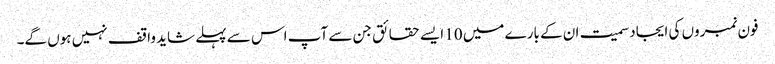
فون نمبروں کی ایجاد سمیت ان کے بارے میں 10 ایسے حقائق جن سے آپ اس سے پہلے شاید واقف نہیں ہوں گے۔